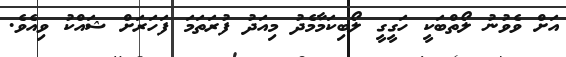
އަށް ވެވުނު ލޯތްބަކީ ހަގީގީ ލޯބިކަމާމެދު މިއަދު ފުރަތަމަ ފަހަރަށް ޝައްކު ވިއެވެ.